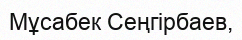
Мұсабек Сеңгірбаев,